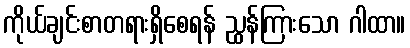
ကိုယ်ချင်းစာတရားရှိစေရန် ညွှန်ကြားသော ဂါထာ။